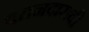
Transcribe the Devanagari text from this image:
वतनदाराची